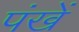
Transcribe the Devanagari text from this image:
पंखें